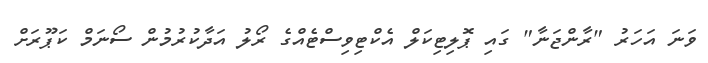
ވަނަ އަހަރު "ރާންޖަނާ" ގައި ޕޮލިޓިކަލް އެކްޓިވިސްޓެއްގެ ރޯލު އަދާކުރުމުން ސޯނަމް ކަޕޫރަށް